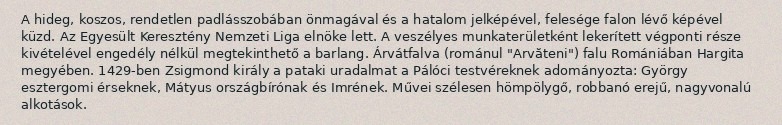
A hideg, koszos, rendetlen padlásszobában önmagával és a hatalom jelképével, felesége falon lévő képével küzd. Az Egyesült Keresztény Nemzeti Liga elnöke lett. A veszélyes munkaterületként lekerített végponti része kivételével engedély nélkül megtekinthető a barlang. Árvátfalva (románul "Arvăteni") falu Romániában Hargita megyében. 1429-ben Zsigmond király a pataki uradalmat a Pálóci testvéreknek adományozta: György esztergomi érseknek, Mátyus országbírónak és Imrének. Művei szélesen hömpölygő, robbanó erejű, nagyvonalú alkotások.